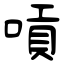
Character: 嗊